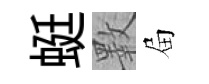
蜓斁屇